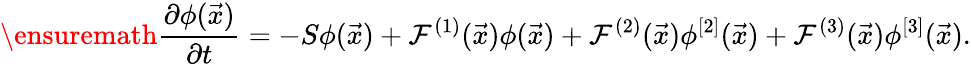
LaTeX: \ensuremath{\frac{\partial\phi(\vec{x})}{\partial t}}=-S\phi(\vec{x})+\mathcal F^{(1)}(\vec{x})\phi(\vec{x})+\mathcal F^{(2)}(\vec{x})\phi^{[2]}(\vec{x})+\mathcal F^{(3)}(\vec{x})\phi^{[3]}(\vec{x}).